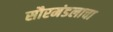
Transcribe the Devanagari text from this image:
सौरमंडलाचा